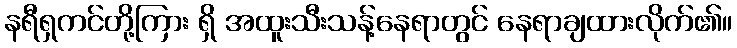
နရီရှကင်တို့ကြား ရှိ အထူးသီးသန့်နေရာတွင် နေရာချထားလိုက်၏။